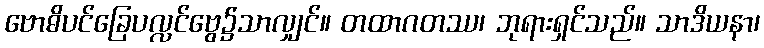
ဗောဓိပင်ခြေပလ္လင်ဗွေ၌သာလျှင်။ တထာဂတဿ၊ ဘုရားရှင်သည်။ သာဒိယနာ၊